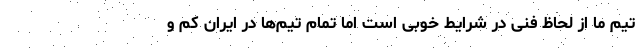
تیم ما از لحاظ فنی در شرایط خوبی است اما تمام تیم‌ها در ایران کم و